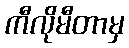
ကီလိုမီတာမှ